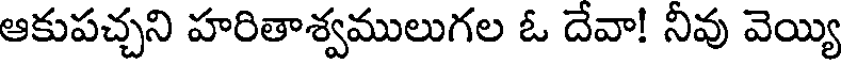
ఆకుపచ్చని హరితాశ్వములుగల ఓ దేవా! నీవు వెయ్యి